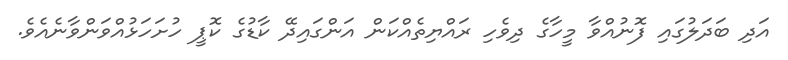
އަދި ބަދަލުގައި ފޮނުއްވާ މީހާގެ ދިވެހި ރައްޔިތެއްކަން އަންގައިދޭ ކާޑުގެ ކޮޕީ ހުށަހަޅުއްވަންވާނެއެވެ.